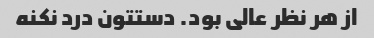
از هر نظر عالی بود. دستتون درد نکنه